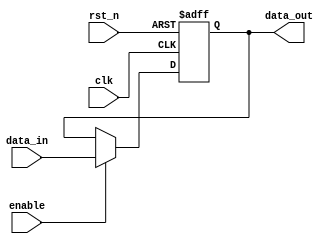
module output_register (
    input wire clk,          // Clock input
    input wire rst_n,       // Asynchronous reset (active low)
    input wire enable,      // Enable signal
    input wire [WIDTH-1:0] data_in,  // Data input
    output reg [WIDTH-1:0] data_out   // Data output
);
    
    parameter WIDTH = 8; // Parameter for bit width (default is 8 bits)

    // Asynchronous reset and synchronous update
    always @(posedge clk or negedge rst_n) begin
        if (!rst_n) begin
            data_out <= 0; // Reset output to zero
        end else if (enable) begin
            data_out <= data_in; // Update output with input data
        end
    end

endmodule